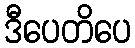
ဒီပေတိပေ